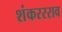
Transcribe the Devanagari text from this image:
शंकररराव